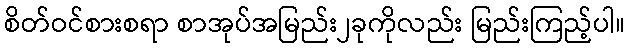
စိတ်ဝင်စားစရာ စာအုပ်အမြည်း၂ခုကိုလည်း မြည်းကြည့်ပါ။